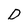
Character: D